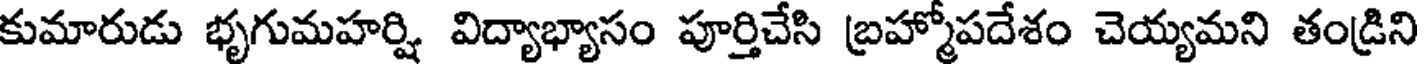
కుమారుడు భృగుమహర్షి విద్యాభ్యాసం పూర్తిచేసి బ్రహ్మోపదేశం చెయ్యమని తండ్రిని